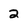
Character: 2